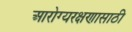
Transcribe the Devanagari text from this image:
आरोग्यरक्षणासाठी